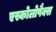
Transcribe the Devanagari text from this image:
एस्कोलोपैक्स